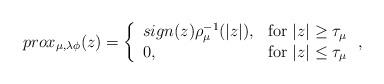
LaTeX: \begin{align*}prox_{\mu, \lambda\phi} (z)=\left\{\begin{array}[c]{ll}sign(z)\rho_{\mu}^{-1}(|z|), & \mbox{for} \ |z|\geq \tau_{\mu}\\0, & \mbox{for} \ |z|\leq \tau_{\mu}\end{array}\right.,\end{align*}